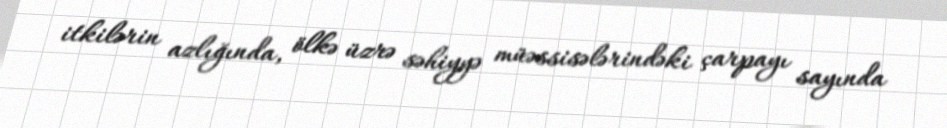
itkilərin azlığında, ölkə üzrə səhiyyə müəssisələrindəki çarpayı sayında